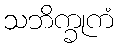
သဘိက္ခုကံ